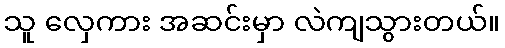
သူ လှေကား အဆင်းမှာ လဲကျသွားတယ်။